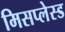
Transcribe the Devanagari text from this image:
मिसप्लेस्ड